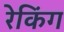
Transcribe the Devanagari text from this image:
रेकिंग